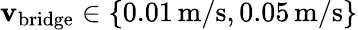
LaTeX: \mathbf{v}_{\mathrm{{bridge}}}\in\left\{ 0.01\, \mathrm{{m}}/\mathrm{{s}},0.05\, \mathrm{{m}}/\mathrm{{s}}\right\}